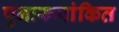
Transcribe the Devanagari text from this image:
पुनःरूपांकित